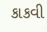
કાકવી